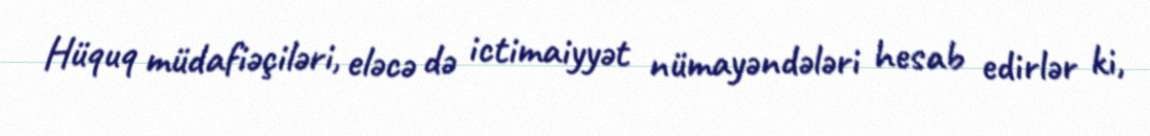
Hüquq müdafiəçiləri, eləcə də ictimaiyyət nümayəndələri hesab edirlər ki,